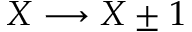
X \longrightarrow X \pm 1